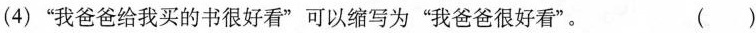
(4)”我爸爸给我买的书很好看”可以缩写为”我爸爸很好看”。 ( )